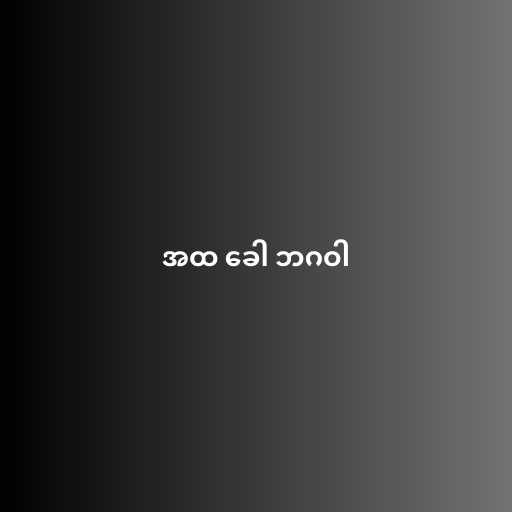
အထ ခေါ ဘဂဝါ